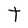
Character: t